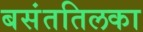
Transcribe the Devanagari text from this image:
बसंततिलका